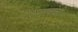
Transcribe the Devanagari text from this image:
देशमुखांची